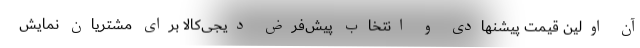
آن اولین قیمت پیشنهادی و انتخاب پیش‌فرض دیجی‌کالا برای مشتریان نمایش